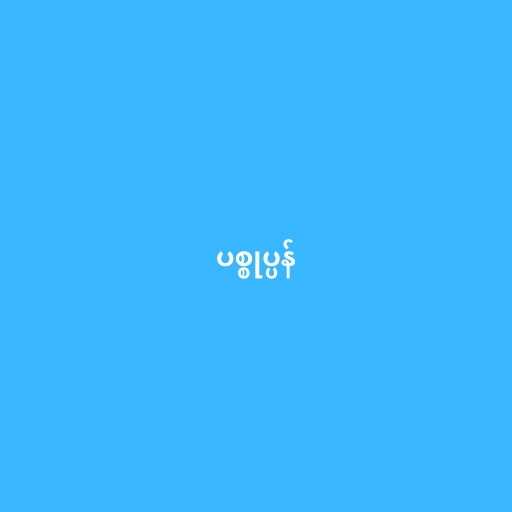
ပစ္စုပ္ပန်